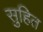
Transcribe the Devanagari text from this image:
सुहित